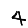
Digit: 4